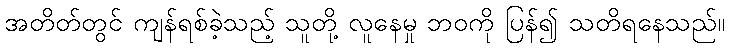
အတိတ်တွင် ကျန်ရစ်ခဲ့သည့် သူတို့ လူနေမှု ဘဝကို ပြန်၍ သတိရနေသည်။